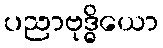
ပညာဗုဒ္ဓိယော